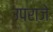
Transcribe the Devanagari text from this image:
उपराजे